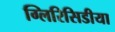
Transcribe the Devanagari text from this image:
ग्लिरिसिडीया